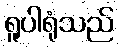
ရူပါရုံသည်